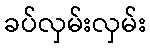
ခပ်လှမ်းလှမ်း